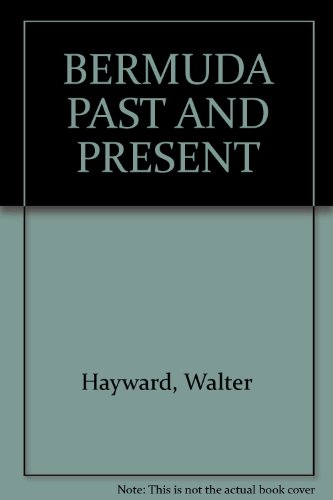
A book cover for Bermuda past and present; Walter Brownell Hayward; Travel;